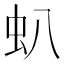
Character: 𧈢